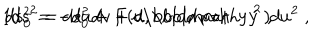
1 d s ^ { 2 } = d s _ { 0 } ^ { 2 } + F ( u , \mathrm { \boldmath ~ y ~ } ) d u ^ { 2 } \; , \hspace { . 4 i n } d s _ { 0 } ^ { 2 } = - d u d v + d \mathrm { \boldmath ~ y ~ } ^ { 2 } \; ,